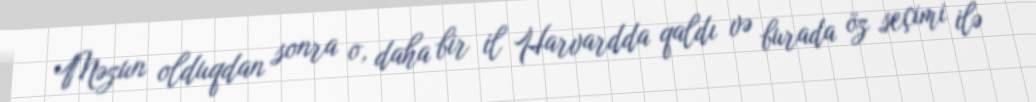
Məzun olduqdan sonra o, daha bir il Harvardda qaldı və burada öz seçimi ilə